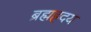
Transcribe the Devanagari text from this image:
ब्रह्मह्रदय